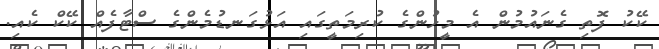
ކޭކު ފޮތި ގެނައުމުން އެ މީހުންގެ ކުރިމަތީގައި އަޅުގަނޑުމެންގެ ސްޓާފެއް ކޭކް ކެއި.